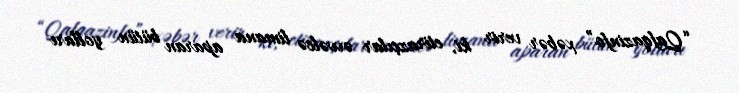
“Qafqazinfo” xəbər verir ki, etirazçılar əvvəlcə limana aparan bütün yolları